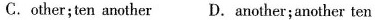
C.other;ten another D.another;another ten